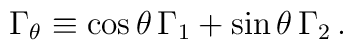
\Gamma_\theta \equiv \cos \theta \, \Gamma_1 + \sin \theta \, \Gamma_2 \, .